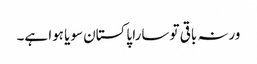
ورنہ باقی تو سارا پاکستان سویا ہوا ہے۔